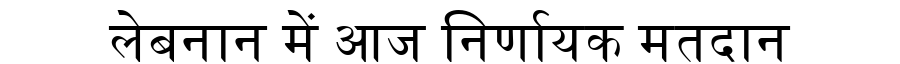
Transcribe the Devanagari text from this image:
लेबनान में आज निर्णायक मतदान